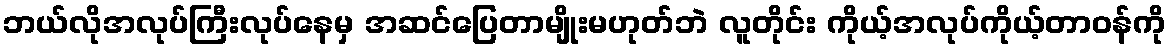
ဘယ်လိုအလုပ်ကြီးလုပ်နေမှ အဆင်ပြေတာမျိုးမဟုတ်ဘဲ လူတိုင်း ကိုယ့်အလုပ်ကိုယ့်တာဝန်ကို